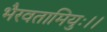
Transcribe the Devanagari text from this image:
भैरवतामियुः।।